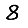
Digit: 8